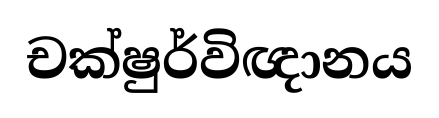
චක්ෂුර්විඥානය